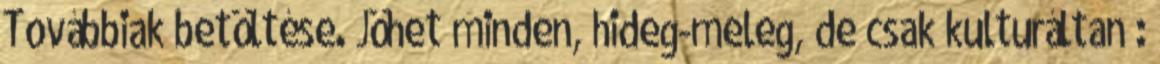
Továbbiak betöltése. Jöhet minden, hideg-meleg, de csak kulturáltan :